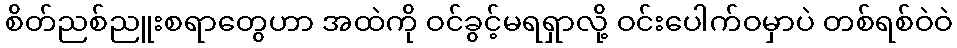
စိတ်ညစ်ညူးစရာတွေဟာ အထဲကို ဝင်ခွင့်မရရှာလို့ ဝင်းပေါက်ဝမှာပဲ တစ်ရစ်ဝဲဝဲ